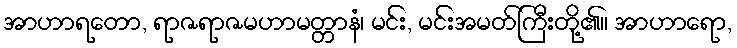
အာဟာရတော, ရာဇရာဇမဟာမတ္တာနံ၊ မင်း, မင်းအမတ်ကြီးတို့၏။ အာဟာရော,